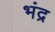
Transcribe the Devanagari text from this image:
भंद्र